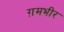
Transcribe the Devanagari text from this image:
ग़मभीर